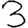
Digit: 3